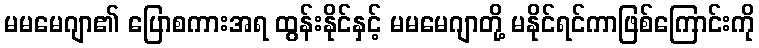
မမမေဂျာ၏ ပြောစကားအရ ထွန်းနိုင်နှင့် မမမေဂျာတို့ မနိုင်ရင်ကာဖြစ်ကြောင်းကို